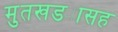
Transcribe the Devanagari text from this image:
मुतखड्यासह